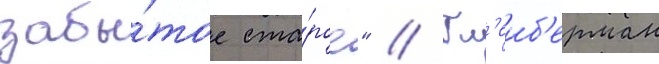
забы́тое ста́рое" // Гл'еиб'ерман